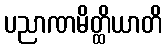
ပညာဏမိတ္ထိယာတိ